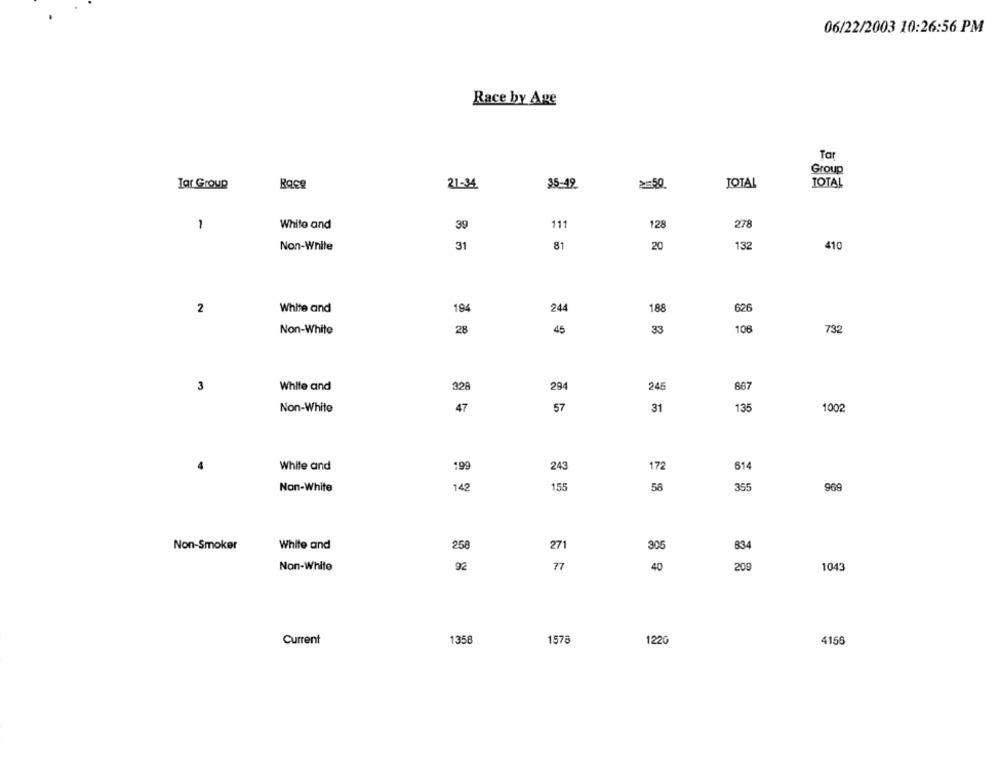
06/22/2003 10:26:56 PM
Race by Age
Tar
Group
Tar Group
Race
21-34
35-49
>50
TOTAL
TOTAL
1
White and
39
111
128
278
132
Non-White
31
81
20
410
2
White and
194
244
188
626
108
Non-White
28
45
33
732
3
White and
328
294
245
867
Non-White
47
57
31
135
1002
243
614
White and
199
172
Non-White
142
155
355
969
58
Non-Smoker
White and
258
271
305
834
Non-White
92
77
40
200
1043
1358
Current
1578
1220
4156